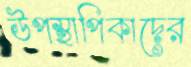
উপস্থাপিকাদের